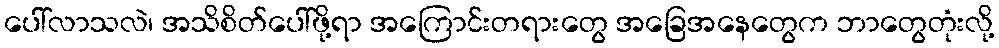
ပေါ်လာသလဲ၊ အသိစိတ်ပေါ်ဖို့ရာ အကြောင်းတရားတွေ အခြေအနေတွေက ဘာတွေတုံးလို့